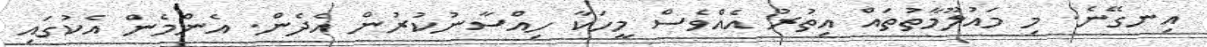
އިނގޭނެ. މި މައުލޫމާތުތައް އިތުރު އެއްވެސް މީހަކާ ހިއްސާނުކުރުން އެދެން. އެންމެން އެކުގައި